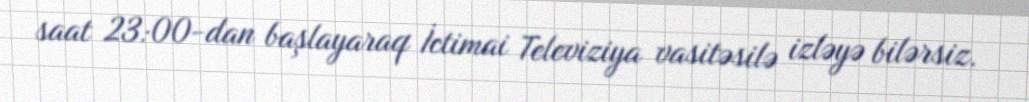
saat 23:00-dan başlayaraq İctimai Televiziya vasitəsilə izləyə bilərsiz.